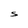
Character: S